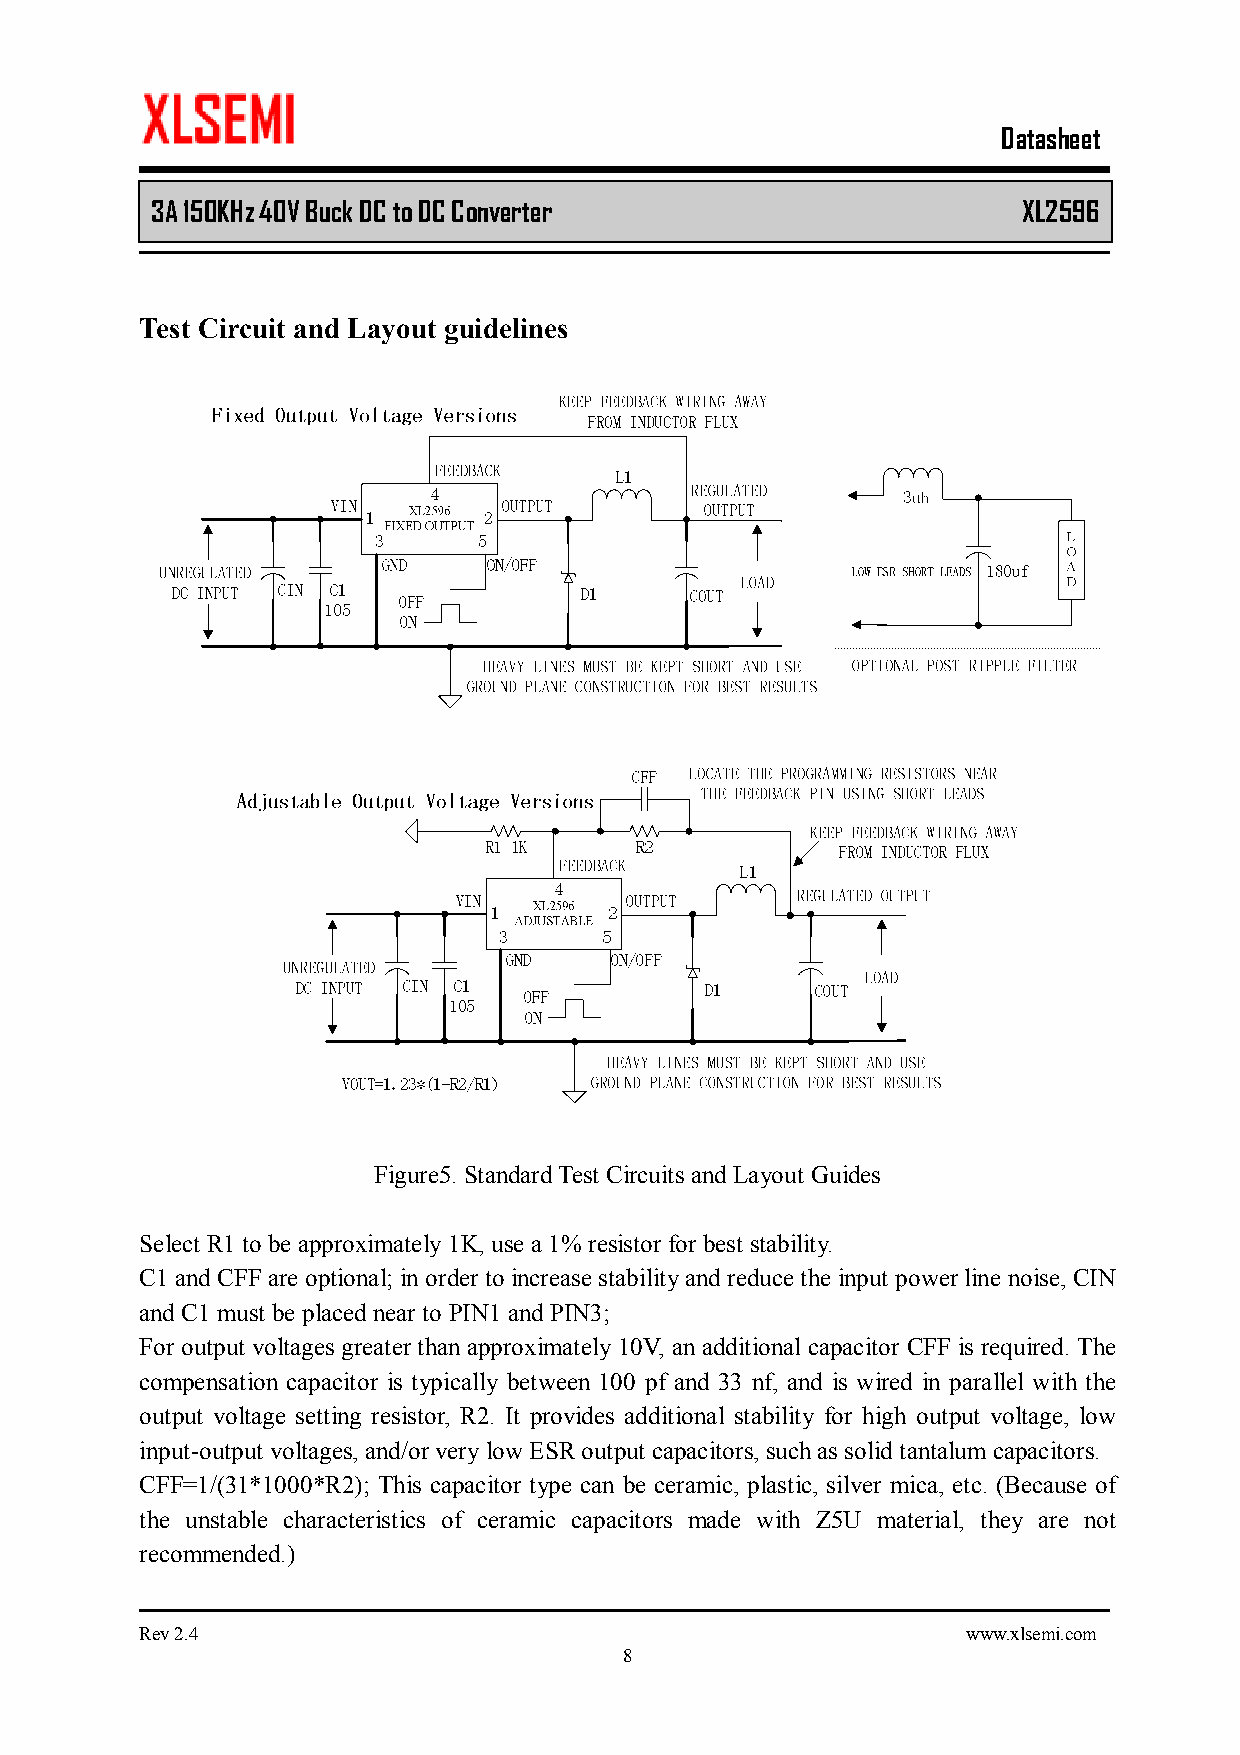
Datasheet
 3A 150KHz 40V Buck DC to DC Converter         XL2596
 Test Circuit and Layout guidelines
 Figure5. Standard Test Circuits and Layout Guides
 Select R1 to be approximately 1K, use a 1% resistor for best stability.
 C1 and CFF are optional; in order to increase stability and reduce the input power line noise, CIN
 and C1 must be placed near to PIN1 and PIN3;
 For output voltages greater than approximately 10V, an additional capacitor CFF is required. The
 compensation capacitor is typically between 100 pf and 33 nf, and is wired in parallel with the
 output voltage setting resistor, R2. It provides additional stability for high output voltage, low
 input-output voltages, and/or very low ESR output capacitors, such as solid tantalum capacitors.
 CFF=1/(31*1000*R2); This capacitor type can be ceramic, plastic, silver mica, etc. (Because of
 the unstable characteristics of ceramic capacitors made with Z5U material, they are not
 recommended.)
 Rev 2.4                                                www.xlsemi.com
 8